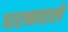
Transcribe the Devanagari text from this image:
धरनवाले